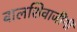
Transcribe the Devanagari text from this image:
बालशिवाजींनी